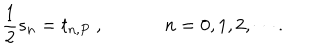
LaTeX: \frac { 1 } { 2 } s _ { n } = t _ { n , P } ~ , ~ n = 0 , 1 , 2 , \cdots .